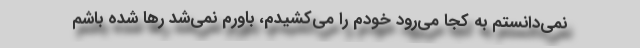
نمی‌دانستم به کجا می‌رود خودم را می‌کشیدم، باورم نمی‌شد رها شده باشم